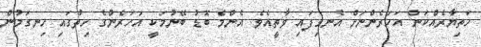
ހަތިޔާރެއްކަން އަހަރެންނަށް އެނގިފައި ވާތީއެވެ. އެންމެ ބޮޑު ބޭނުމަކީ އަހަރެންގެ ހިތުގައި ހިނގަމުން